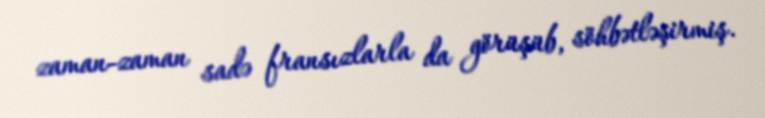
zaman-zaman sadə fransızlarla da görüşüb, söhbətləşirmiş.